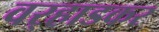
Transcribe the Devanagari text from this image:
वर्‍हाडकर